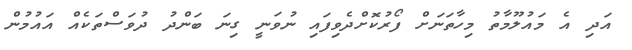
އަދި އެ މައުލޫމާތު މިހާތަނަށް ފޯރުކޮށްދެވިފައި ނުވަނީ ގިނަ ބަންދު ދުވަސްތަކެއް އައުމުން